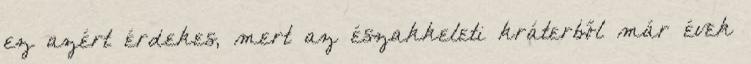
ez azért érdekes, mert az északkeleti kráterből már évek